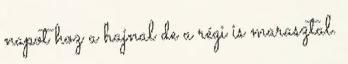
napot hoz a hajnal de a régi is marasztal.